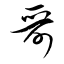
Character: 哥